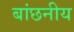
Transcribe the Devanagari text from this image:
बांछनीय